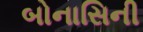
બોનાસિની